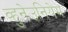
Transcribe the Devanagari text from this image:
व्हुनेउनियेम